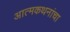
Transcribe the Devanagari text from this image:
आत्मकथनांचा